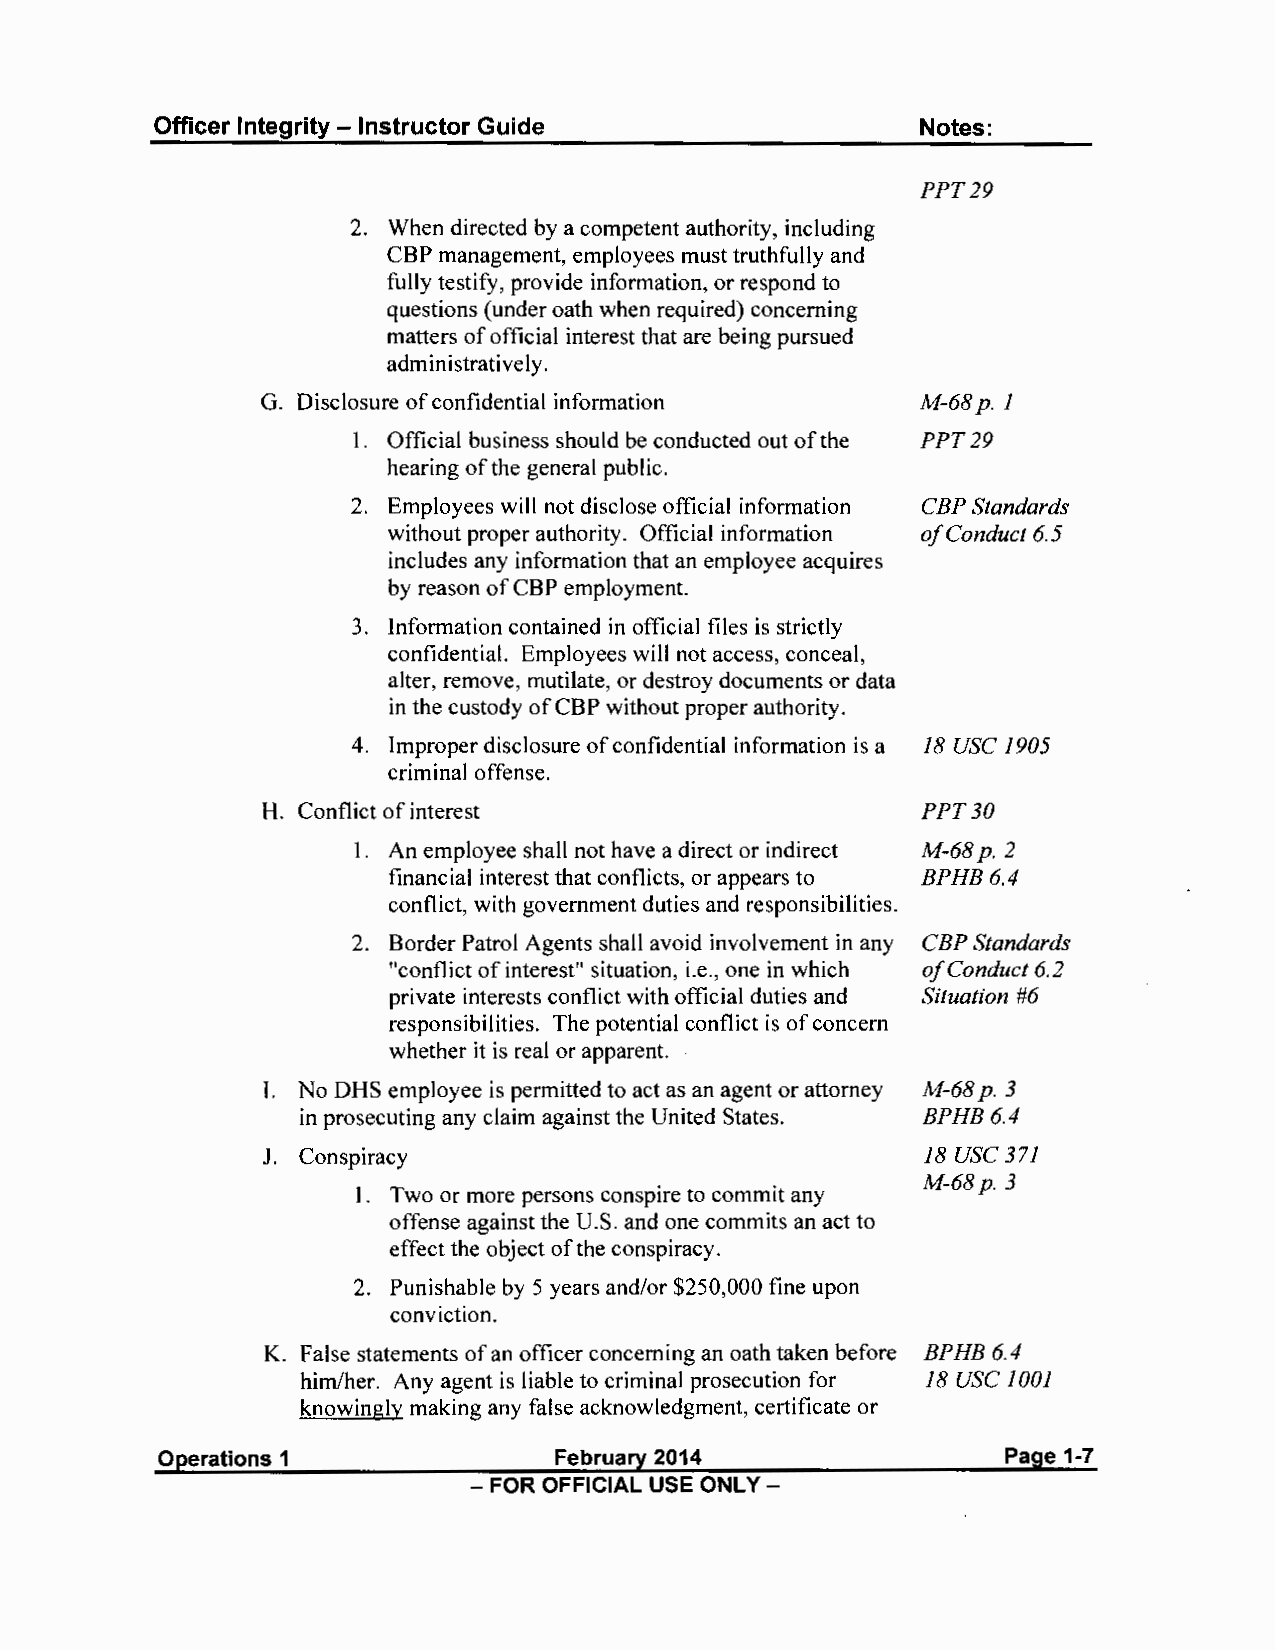
Officer Integrity - Instructor Guide               Notes:
 PPT29
 2. When directed by a competent authority, including
 CBP management, employees must truthfully and
 fully testify, provide information, or respond to
 questions (under oath when required) concerning
 matters of official interest that are being pursued
 administratively.
 G. Disclosure of confidential information   M-68p. 1
 1. Official business should be conducted out of the PPT29
 hearing of the general public.
 2. Employees will not disclose official information CBP Standards
 without proper authority. Official information of Conduct 6.5
 includes any information that an employee acquires
 by reason of CBP employment.
 3. Information contained in official files is strictly
 confidential. Employees will not access, conceal,
 alter, remove, mutilate, or destroy documents or data
 in the custody of CBP without proper authority.
 4. Improper disclosure of confidential information is a 18 USC 1905
 criminal offense.
 H. Conflict of interest                     PPT30
 1. An employee shall not have a direct or indirect M-68p. 2
 financial interest that conflicts, or appears to BPHB 6.4
 conflict, with government duties and responsibilities.
 2. Border Patrol Agents shall avoid involvement in any CBP Standards
 "conflict of interest" situation, i.e., one in which of Conduct 6.2
 private interests conflict with official duties and Situation #6
 responsibilities. The potential conflict is of concern
 whether it is real or apparent.
 I. No OHS employee is permitted to act as an agent or attorney M-68p. 3
 in prosecuting any claim against the United States. BPHB6.4
 J. Conspiracy                               18 USC 371
 M-68p. 3
 1. Two or more persons conspire to commit any
 offense against the U.S. and one commits an act to
 effect the object of the conspiracy.
 2. Punishable by 5 years and/or $250,000 fine upon
 conviction.
 K. False statements of an officer concerning an oath taken before BPHB6.4
 him/her. Any agent is liable to criminal prosecution for 18 USC 1001
 knowingly making any false acknowledgment, certificate or
 Operations 1              February 2014                 Page 1-7
 - FOR OFFICIAL USE ONLY -